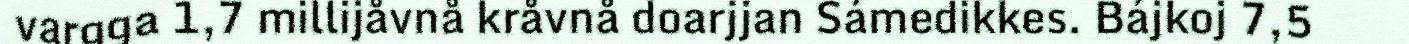
vargga 1,7 millijåvnå kråvnå doarjjan Sámedikkes. Bájkoj 7,5